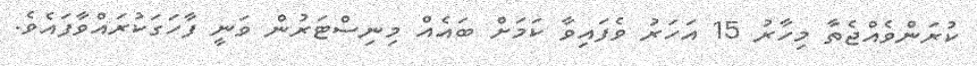
ކުރަންވެއްޖެތާ މިހާރު 15 އަހަރު ވެފައިވާ ކަމަށް ބައެއް މިނިސްޓަރުން ވަނީ ފާހަގަކުރައްވާފައެވެ.